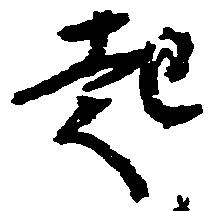
起